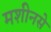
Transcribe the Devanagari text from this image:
मशीनसे